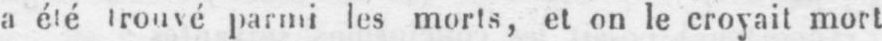
a été trouvé parmi les morts, et on le croyait mort